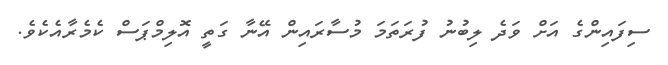
ސިފައިންގެ އަށް ވަދެ ލިބުނު ފުރަތަމަ މުސާރައިން އޭނާ ގަތީ އޮލިމްޕަސް ކެމެރާއެކެވެ.